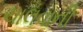
ચાલવાની